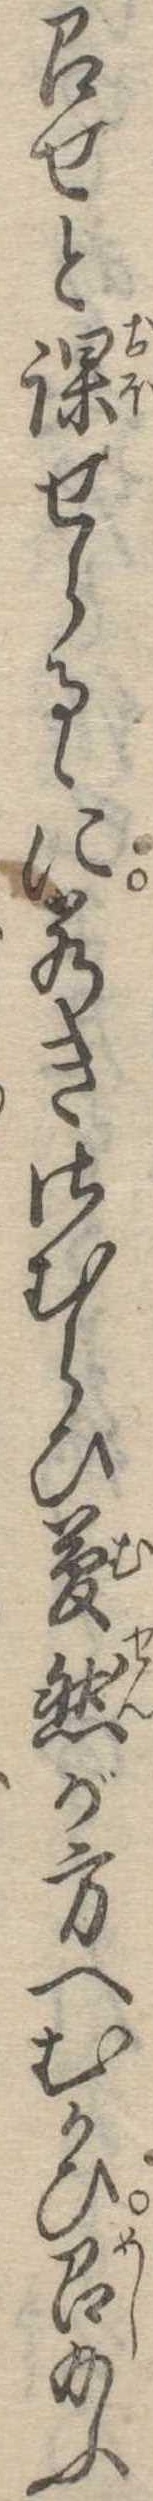
召せと課せらるゝに若きさむらひ夢然が方へむかひ召給ふ